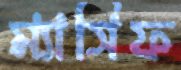
ম্যাসিফ